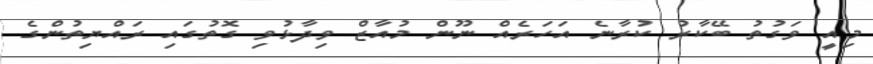
މިއީ ވަގުތު ބޭކާރު ކުރާނެ އަހަރެއް ނޫން މުއާޒް ވިދާޅުވި ގޮތުގައި ރައްޔިތުންގެ